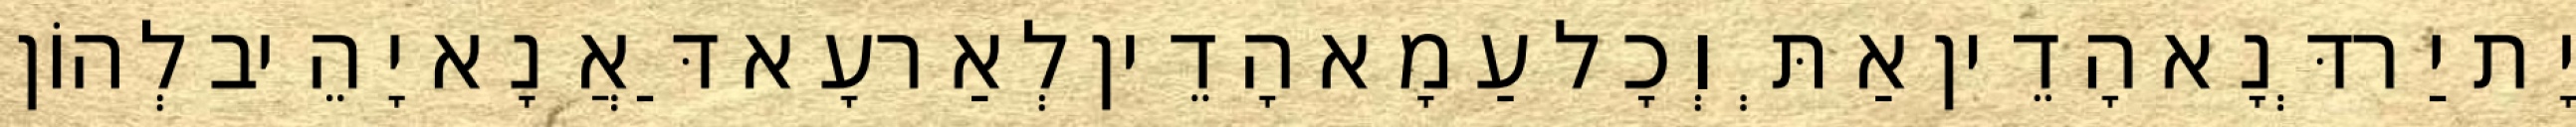
יָת יַרדְּנָא הָדֵין אַתְּ וְכָל עַמָא הָדֵין לְאַרעָא דַּאֲנָא יָהֵיב לְהוֹן